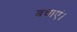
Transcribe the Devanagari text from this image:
बचाएं।